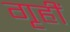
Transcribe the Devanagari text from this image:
गृहीं